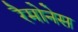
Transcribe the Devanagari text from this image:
रैमोनेस